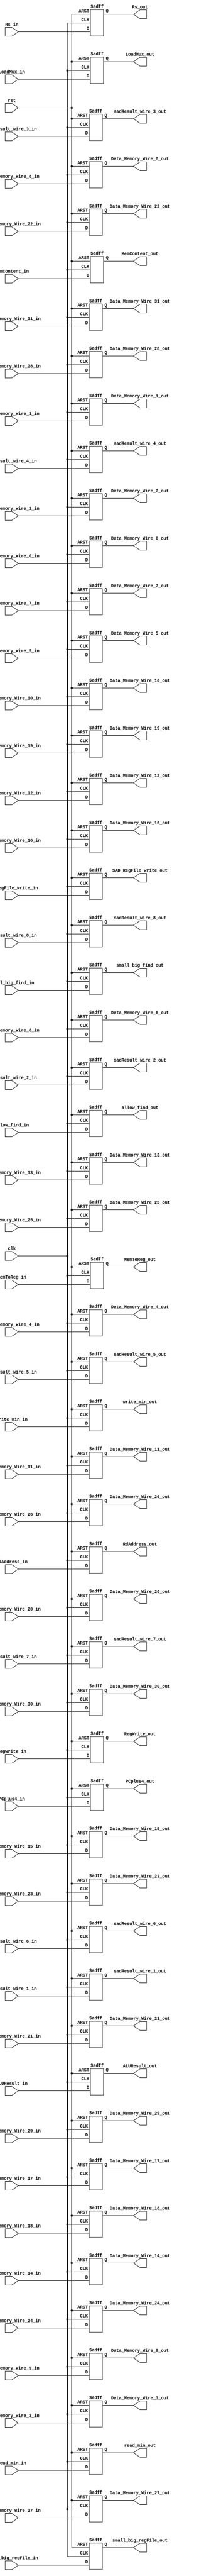
`timescale 1ns / 1ps
//////////////////////////////////////////////////////////////////////////////////
// Company: 
// Engineer: 
// 
// Design Name: 
// Module Name: Mem_WB
// Project Name: 
// Target Devices: 
// Tool Versions: 
// Description: 
// 
// Dependencies: 
// 
// Revision:
// Revision 0.01 - File Created
// Additional Comments:
// 
//////////////////////////////////////////////////////////////////////////////////


module Mem_WB(clk, rst, LoadMux_in, LoadMux_out, MemToReg_in, MemToReg_out, RegWrite_in, RegWrite_out, ALUResult_in, ALUResult_out,
            MemContent_in, MemContent_out, RdAddress_in, RdAddress_out, PCplus4_in, PCplus4_out,
            Data_Memory_Wire_0_in, Data_Memory_Wire_1_in, Data_Memory_Wire_2_in, Data_Memory_Wire_3_in, Data_Memory_Wire_4_in, Data_Memory_Wire_5_in, Data_Memory_Wire_6_in, Data_Memory_Wire_7_in, Data_Memory_Wire_8_in, Data_Memory_Wire_9_in, Data_Memory_Wire_10_in, Data_Memory_Wire_11_in, Data_Memory_Wire_12_in, Data_Memory_Wire_13_in, Data_Memory_Wire_14_in, Data_Memory_Wire_15_in, Data_Memory_Wire_16_in, Data_Memory_Wire_17_in, Data_Memory_Wire_18_in, Data_Memory_Wire_19_in, Data_Memory_Wire_20_in, Data_Memory_Wire_21_in, Data_Memory_Wire_22_in, Data_Memory_Wire_23_in, Data_Memory_Wire_24_in, Data_Memory_Wire_25_in, Data_Memory_Wire_26_in, Data_Memory_Wire_27_in, Data_Memory_Wire_28_in, Data_Memory_Wire_29_in, Data_Memory_Wire_30_in, Data_Memory_Wire_31_in,
            Data_Memory_Wire_0_out, Data_Memory_Wire_1_out, Data_Memory_Wire_2_out, Data_Memory_Wire_3_out, Data_Memory_Wire_4_out, Data_Memory_Wire_5_out, Data_Memory_Wire_6_out, Data_Memory_Wire_7_out, Data_Memory_Wire_8_out, Data_Memory_Wire_9_out, Data_Memory_Wire_10_out, Data_Memory_Wire_11_out, Data_Memory_Wire_12_out, Data_Memory_Wire_13_out, Data_Memory_Wire_14_out, Data_Memory_Wire_15_out, Data_Memory_Wire_16_out, Data_Memory_Wire_17_out, Data_Memory_Wire_18_out, Data_Memory_Wire_19_out, Data_Memory_Wire_20_out, Data_Memory_Wire_21_out, Data_Memory_Wire_22_out, Data_Memory_Wire_23_out, Data_Memory_Wire_24_out, Data_Memory_Wire_25_out, Data_Memory_Wire_26_out, Data_Memory_Wire_27_out, Data_Memory_Wire_28_out, Data_Memory_Wire_29_out, Data_Memory_Wire_30_out, Data_Memory_Wire_31_out,
            small_big_regFile_in, SAD_RegFile_write_in, small_big_find_in, read_min_in, write_min_in, small_big_regFile_out, SAD_RegFile_write_out, small_big_find_out, read_min_out, write_min_out,
            sadResult_wire_1_in, sadResult_wire_2_in, sadResult_wire_3_in, sadResult_wire_4_in, sadResult_wire_5_in, sadResult_wire_6_in, sadResult_wire_7_in, sadResult_wire_8_in,
            sadResult_wire_1_out, sadResult_wire_2_out, sadResult_wire_3_out, sadResult_wire_4_out, sadResult_wire_5_out, sadResult_wire_6_out, sadResult_wire_7_out, sadResult_wire_8_out,
            Rs_in, Rs_out, allow_find_in, allow_find_out);
       
input [1:0]LoadMux_in, MemToReg_in;         //WB control signals
input RegWrite_in;                          //WB control signals
input [31:0] ALUResult_in, MemContent_in, PCplus4_in, Rs_in;
input [4:0] RdAddress_in;
input clk, rst;
input [31:0] Data_Memory_Wire_0_in, Data_Memory_Wire_1_in, Data_Memory_Wire_2_in, Data_Memory_Wire_3_in, Data_Memory_Wire_4_in, Data_Memory_Wire_5_in, Data_Memory_Wire_6_in, Data_Memory_Wire_7_in, Data_Memory_Wire_8_in, Data_Memory_Wire_9_in, Data_Memory_Wire_10_in, Data_Memory_Wire_11_in, Data_Memory_Wire_12_in, Data_Memory_Wire_13_in, Data_Memory_Wire_14_in, Data_Memory_Wire_15_in, Data_Memory_Wire_16_in, Data_Memory_Wire_17_in, Data_Memory_Wire_18_in, Data_Memory_Wire_19_in, Data_Memory_Wire_20_in, Data_Memory_Wire_21_in, Data_Memory_Wire_22_in, Data_Memory_Wire_23_in, Data_Memory_Wire_24_in, Data_Memory_Wire_25_in, Data_Memory_Wire_26_in, Data_Memory_Wire_27_in, Data_Memory_Wire_28_in, Data_Memory_Wire_29_in, Data_Memory_Wire_30_in, Data_Memory_Wire_31_in;
input small_big_regFile_in, SAD_RegFile_write_in, small_big_find_in, read_min_in, write_min_in, allow_find_in;   //WB competition signals
input [31:0] sadResult_wire_1_in, sadResult_wire_2_in, sadResult_wire_3_in, sadResult_wire_4_in, sadResult_wire_5_in, sadResult_wire_6_in, sadResult_wire_7_in, sadResult_wire_8_in;



output reg [1:0]LoadMux_out, MemToReg_out;        //WB control signals
output reg RegWrite_out;                          //WB control signals
output reg [31:0] ALUResult_out, MemContent_out, PCplus4_out, Rs_out;
output reg [4:0] RdAddress_out;
output reg [31:0] Data_Memory_Wire_0_out, Data_Memory_Wire_1_out, Data_Memory_Wire_2_out, Data_Memory_Wire_3_out, Data_Memory_Wire_4_out, Data_Memory_Wire_5_out, Data_Memory_Wire_6_out, Data_Memory_Wire_7_out, Data_Memory_Wire_8_out, Data_Memory_Wire_9_out, Data_Memory_Wire_10_out, Data_Memory_Wire_11_out, Data_Memory_Wire_12_out, Data_Memory_Wire_13_out, Data_Memory_Wire_14_out, Data_Memory_Wire_15_out, Data_Memory_Wire_16_out, Data_Memory_Wire_17_out, Data_Memory_Wire_18_out, Data_Memory_Wire_19_out, Data_Memory_Wire_20_out, Data_Memory_Wire_21_out, Data_Memory_Wire_22_out, Data_Memory_Wire_23_out, Data_Memory_Wire_24_out, Data_Memory_Wire_25_out, Data_Memory_Wire_26_out, Data_Memory_Wire_27_out, Data_Memory_Wire_28_out, Data_Memory_Wire_29_out, Data_Memory_Wire_30_out, Data_Memory_Wire_31_out;
output reg small_big_regFile_out, SAD_RegFile_write_out, small_big_find_out, read_min_out, write_min_out, allow_find_out;   //WB competition signals
output reg [31:0] sadResult_wire_1_out, sadResult_wire_2_out, sadResult_wire_3_out, sadResult_wire_4_out, sadResult_wire_5_out, sadResult_wire_6_out, sadResult_wire_7_out, sadResult_wire_8_out;


always@(posedge clk or posedge rst) begin
	if (rst == 1) begin
	   LoadMux_out     <= 0;
	   MemToReg_out    <= 0;
       RegWrite_out    <= 0;
       ALUResult_out   <= 0;  
       MemContent_out  <= 0;                    
       PCplus4_out     <= 0;
       RdAddress_out   <= 0;
        Data_Memory_Wire_0_out <= 0;
        Data_Memory_Wire_1_out <= 0;
        Data_Memory_Wire_2_out <= 0;
        Data_Memory_Wire_3_out <= 0;
        Data_Memory_Wire_4_out <= 0;
        Data_Memory_Wire_5_out <= 0;
        Data_Memory_Wire_6_out <= 0;
        Data_Memory_Wire_7_out <= 0;
        Data_Memory_Wire_8_out <= 0;
        Data_Memory_Wire_9_out <= 0;
        Data_Memory_Wire_10_out <= 0;
        Data_Memory_Wire_11_out <= 0;
        Data_Memory_Wire_12_out <= 0;
        Data_Memory_Wire_13_out <= 0;
        Data_Memory_Wire_14_out <= 0;
        Data_Memory_Wire_15_out <= 0;
        Data_Memory_Wire_16_out <= 0;
        Data_Memory_Wire_17_out <= 0;
        Data_Memory_Wire_18_out <= 0;
        Data_Memory_Wire_19_out <= 0;
        Data_Memory_Wire_20_out <= 0;
        Data_Memory_Wire_21_out <= 0;
        Data_Memory_Wire_22_out <= 0;
        Data_Memory_Wire_23_out <= 0;
        Data_Memory_Wire_24_out <= 0;
        Data_Memory_Wire_25_out <= 0;
        Data_Memory_Wire_26_out <= 0;
        Data_Memory_Wire_27_out <= 0;
        Data_Memory_Wire_28_out <= 0;
        Data_Memory_Wire_29_out <= 0;
        Data_Memory_Wire_30_out <= 0;
        Data_Memory_Wire_31_out <= 0;
        small_big_regFile_out  <= 0;
        SAD_RegFile_write_out  <= 0; 
        small_big_find_out     <= 0; 
        read_min_out           <= 0; 
        write_min_out          <= 0;
        sadResult_wire_1_out <= 0;
        sadResult_wire_2_out <= 0;
        sadResult_wire_3_out <= 0;
        sadResult_wire_4_out <= 0;
        sadResult_wire_5_out <= 0;
        sadResult_wire_6_out <= 0;
        sadResult_wire_7_out <= 0;
        sadResult_wire_8_out <= 0;
        Rs_out <= 0;
        allow_find_out <= 0;

	end else begin
       LoadMux_out     <= LoadMux_in;
	   MemToReg_out    <= MemToReg_in;
       RegWrite_out    <= RegWrite_in;    
       ALUResult_out   <= ALUResult_in; 
       MemContent_out  <= MemContent_in;                     
       PCplus4_out     <= PCplus4_in;
       RdAddress_out   <= RdAddress_in;  
        Data_Memory_Wire_0_out <= Data_Memory_Wire_0_in;
        Data_Memory_Wire_1_out <= Data_Memory_Wire_1_in;
        Data_Memory_Wire_2_out <= Data_Memory_Wire_2_in;
        Data_Memory_Wire_3_out <= Data_Memory_Wire_3_in;
        Data_Memory_Wire_4_out <= Data_Memory_Wire_4_in;
        Data_Memory_Wire_5_out <= Data_Memory_Wire_5_in;
        Data_Memory_Wire_6_out <= Data_Memory_Wire_6_in;
        Data_Memory_Wire_7_out <= Data_Memory_Wire_7_in;
        Data_Memory_Wire_8_out <= Data_Memory_Wire_8_in;
        Data_Memory_Wire_9_out <= Data_Memory_Wire_9_in;
        Data_Memory_Wire_10_out <= Data_Memory_Wire_10_in;
        Data_Memory_Wire_11_out <= Data_Memory_Wire_11_in;
        Data_Memory_Wire_12_out <= Data_Memory_Wire_12_in;
        Data_Memory_Wire_13_out <= Data_Memory_Wire_13_in;
        Data_Memory_Wire_14_out <= Data_Memory_Wire_14_in;
        Data_Memory_Wire_15_out <= Data_Memory_Wire_15_in;
        Data_Memory_Wire_16_out <= Data_Memory_Wire_16_in;
        Data_Memory_Wire_17_out <= Data_Memory_Wire_17_in;
        Data_Memory_Wire_18_out <= Data_Memory_Wire_18_in;
        Data_Memory_Wire_19_out <= Data_Memory_Wire_19_in;
        Data_Memory_Wire_20_out <= Data_Memory_Wire_20_in;
        Data_Memory_Wire_21_out <= Data_Memory_Wire_21_in;
        Data_Memory_Wire_22_out <= Data_Memory_Wire_22_in;
        Data_Memory_Wire_23_out <= Data_Memory_Wire_23_in;
        Data_Memory_Wire_24_out <= Data_Memory_Wire_24_in;
        Data_Memory_Wire_25_out <= Data_Memory_Wire_25_in;
        Data_Memory_Wire_26_out <= Data_Memory_Wire_26_in;
        Data_Memory_Wire_27_out <= Data_Memory_Wire_27_in;
        Data_Memory_Wire_28_out <= Data_Memory_Wire_28_in;
        Data_Memory_Wire_29_out <= Data_Memory_Wire_29_in;
        Data_Memory_Wire_30_out <= Data_Memory_Wire_30_in;
        Data_Memory_Wire_31_out <= Data_Memory_Wire_31_in;
        small_big_regFile_out  <= small_big_regFile_in;
        SAD_RegFile_write_out  <= SAD_RegFile_write_in; 
        small_big_find_out     <= small_big_find_in; 
        read_min_out           <= read_min_in; 
        write_min_out          <= write_min_in;
        sadResult_wire_1_out <= sadResult_wire_1_in;
        sadResult_wire_2_out <= sadResult_wire_2_in;
        sadResult_wire_3_out <= sadResult_wire_3_in;
        sadResult_wire_4_out <= sadResult_wire_4_in;
        sadResult_wire_5_out <= sadResult_wire_5_in;
        sadResult_wire_6_out <= sadResult_wire_6_in;
        sadResult_wire_7_out <= sadResult_wire_7_in;
        sadResult_wire_8_out <= sadResult_wire_8_in;
        Rs_out <= Rs_in;
        allow_find_out <= allow_find_in;


    end   
end
    
endmodule